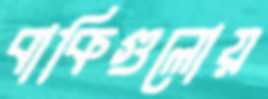
বাকিগুলোয়